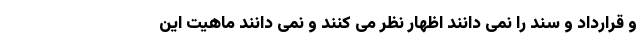
و قرارداد و سند را نمی دانند اظهار نظر می کنند و نمی دانند ماهیت این